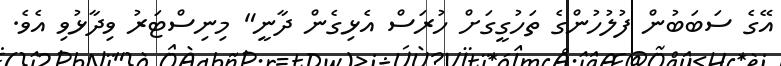
އޭގެ ސަބަބުން ފުލުހުންގެ ތަހުގީގަށް ހުރަސް އެޅިގެން ދާނީ" މިނިސްޓަރު ވިދާޅުވި އެވެ.